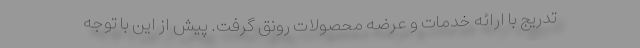
تدریج با ارائه خدمات و عرضه محصولات رونق گرفت. پیش از این با توجه